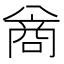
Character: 𪞊